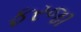
ફરજા